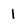
Character: 1